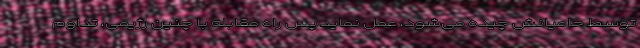
توسط حامیانش چیده می‌شود، عمل نماید پس راه مقابله با چنین رژیمی، تداوم